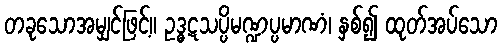
တခုသောအမျှင်ဖြင့်။ ဥဒ္ဓဋသပ္ပိမဏ္ဍပ္ပမာဏံ၊ နှစ်၍ ထုတ်အပ်သော